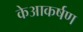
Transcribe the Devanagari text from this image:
केआकर्षण